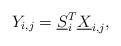
LaTeX: \begin{align*}Y_{i,j} = {\underline S}_i^T {\underline X}_{i,j}, \end{align*}